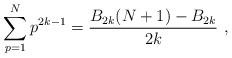
LaTeX: \begin{align*}\sum_{p=1}^N p^{2k-1}={B_{2k}(N+1)-B_{2k}\over 2k} \ ,\end{align*}